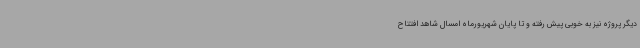
دیگر پروژه نیز به خوبی پیش رفته و تا پایان شهریورماه امسال شاهد افتتاح